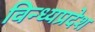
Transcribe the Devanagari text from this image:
विन्ध्यप्रदेश